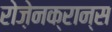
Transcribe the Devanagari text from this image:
रोज़ेनक्रान्स